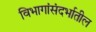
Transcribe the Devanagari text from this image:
विभागांसंदर्भातील